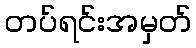
တပ်ရင်းအမှတ်